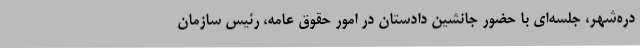
دره‌شهر، جلسه‌ای با حضور جانشین دادستان در امور حقوق عامه، رئیس سازمان